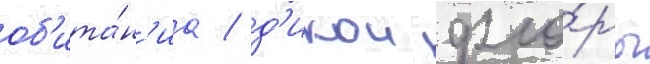
об'ита́н'иа / д'икои фло́ры